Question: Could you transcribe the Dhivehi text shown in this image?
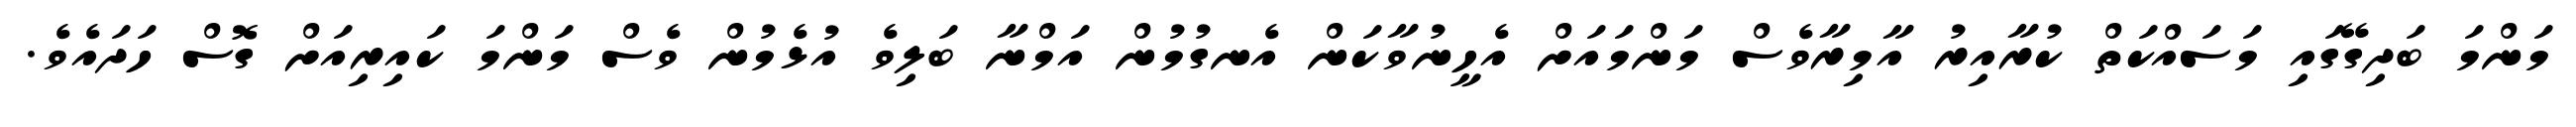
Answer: މަންމަ ބަދިގޭގައި މަސައްކަތް ކުރާއިރު އާމިރާވެސް މަންމައަށް އެހީނުވާކަން އެނގުމުން އަމްނާ ބަލިވެ އުޅެމުން ވެސް މަންމަ ކައިރިއަށް ގޮސް ހަދައެވެ.